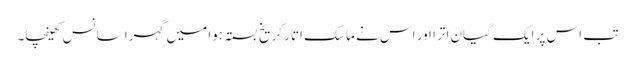
تب اس پر ایک گیان اترا اور اس نے ماسک اتار کر یخ بستہ ہوا میں گہرا سانس کھینچا۔